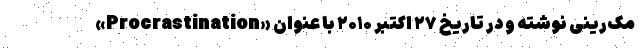
مک‌رینی نوشته و در تاریخ ۲۷ اکتبر ۲۰۱۰ با عنوان «Procrastination»